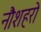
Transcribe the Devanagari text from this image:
नौशहरो